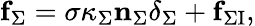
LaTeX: \mathbf{f}_{\Sigma}=\sigma\kappa_{\Sigma}\mathbf{n}_{\Sigma}\delta_{\Sigma}+\mathbf{f}_{\Sigma\mathrm{I}},